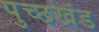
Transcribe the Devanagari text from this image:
पुच्छखंड